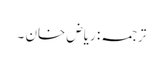
ترجمہ: ریاض خان ۔